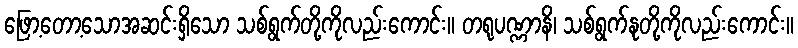
ဖြော့တော့သောအဆင်းရှိသော သစ်ရွက်တို့ကိုလည်းကောင်း။ တရုပဏ္ဏာနိ၊ သစ်ရွက်နုတို့ကိုလည်းကောင်း။